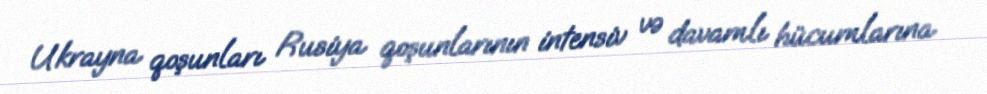
Ukrayna qoşunları Rusiya qoşunlarının intensiv və davamlı hücumlarına